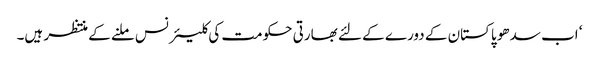
‘ اب سدھو پاکستان کے دورے کے لئے بھارتی حکومت کی کلیئرنس ملنے کے منتظر ہیں۔